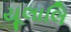
યૂલાલિ